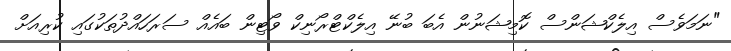
"ނަމަވެސް އިލެކްޝަންސް ކޮމިޝަނުން އެބަ ބުނޭ އިލެކްޓްރޯނިކް ވޯޓިން ބައެއް ސަރަހައްދުތަކުގައި ކުރިއަށް